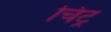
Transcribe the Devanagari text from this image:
चिट्र